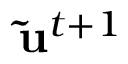
\mathbf { \widetilde { u } } ^ { t + 1 }